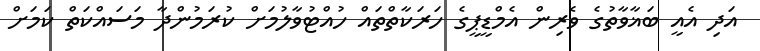
އަދި އެއީ ބަޣާވާތުގެ ވެރިން އެމްޑީޕީގެ ހަރަކާތްތައް ހުއްޓުވާލުމަށް ކުރަމުންދާ މަސައްކަތް ކަމަށް